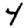
Digit: 4